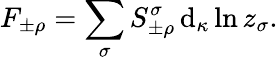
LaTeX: F_{\pm\rho}=\sum_{\sigma}S_{\pm\rho}^{\sigma}\, \mathrm{d}_{\kappa}\ln z_{\sigma}.